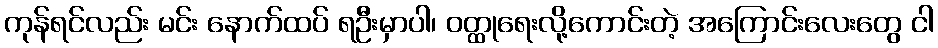
ကုန်ရင်လည်း မင်း နောက်ထပ် ရဦးမှာပါ၊ ဝတ္ထုရေးလို့ကောင်းတဲ့ အကြောင်းလေးတွေ ငါ